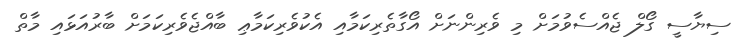
ސިޔާސީ ގޯލް ޖެއްސެވުމަށް މި ވެރިންނަށް އޯގާތެރިކަމާއި އެކުވެރިކަމާޢި ބާއްޖެވެރިކަމަށް ބާރުއަޅައި މާތް